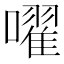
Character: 嚁